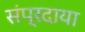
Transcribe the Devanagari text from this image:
संप्रदाया